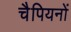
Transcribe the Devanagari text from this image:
चैपियनों